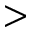
>